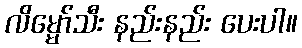
လိမ္မော်သီး နည်းနည်း ပေးပါ။